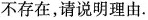
不存在，请说明理由。